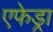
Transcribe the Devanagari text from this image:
एफेड्रा